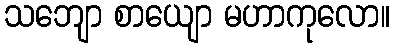
သဘျော စာယျော မဟာကုလော။